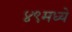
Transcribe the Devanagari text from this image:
४९मध्ये